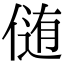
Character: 𪝘